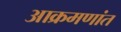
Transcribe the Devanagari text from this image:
आक्रमणांत